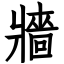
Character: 牆